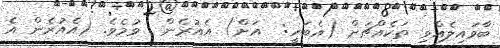
ބާވައިލެއްވި ތަކެއްޗަށް (އެބަހީ:  އަށް) އެއުރެން  ވުމެވެ. (އެއުރެން އެ